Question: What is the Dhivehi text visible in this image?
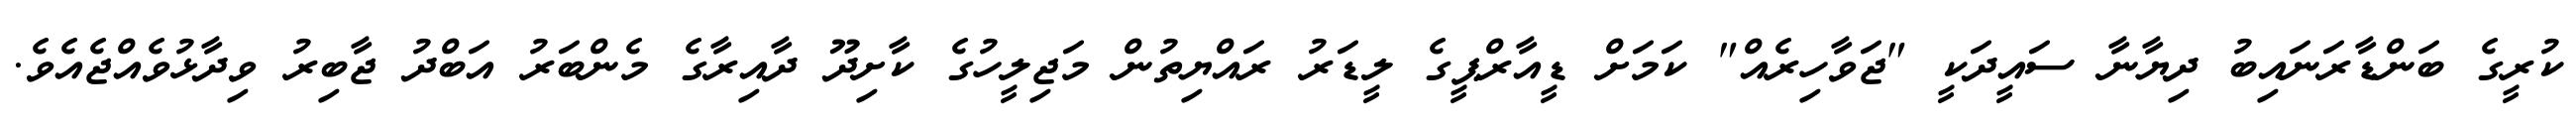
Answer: ކުރީގެ ބަންޑާރަނައިބު ދިޔާނާ ސައީދަކީ "ޖަވާހިރެއް" ކަމަށް ޑީއާރްޕީގެ ލީޑަރު ރައްޔިތުން މަޖިލީހުގެ ކާށިދޫ ދާއިރާގެ މެންބަރު އަބްދު ޖާބިރު ވިދާޅުވެއްޖެއެވެ.